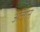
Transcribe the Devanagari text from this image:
अजा़न